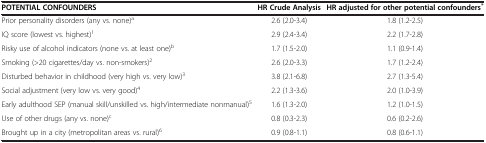
<table><thead><tr><td><b>POTENTIAL CONFOUNDERS</b></td><td><b>HR Crude Analysis</b></td><td><b>HR adjusted for other potential confounders<sup>*</sup></b></td></tr></thead><tbody><tr><td>Prior personality disorders (any vs. none)<sup>a</sup></td><td>2.6 (2.0-3.4)</td><td>1.8 (1.2-2.5)</td></tr><tr><td>IQ score (lowest vs. highest)<sup>1</sup></td><td>2.9 (2.4-3.4)</td><td>2.2 (1.7-2.8)</td></tr><tr><td>Risky use of alcohol indicators (none vs. at least one)<sup>b</sup></td><td>1.7 (1.5-2.0)</td><td>1.1 (0.9-1.4)</td></tr><tr><td>Smoking (&gt;20 cigarettes/day vs. non-smokers)<sup>2</sup></td><td>2.6 (2.0-3.3)</td><td>1.7 (1.2-2.4)</td></tr><tr><td>Disturbed behavior in childhood (very high vs. very low)<sup>3</sup></td><td>3.8 (2.1-6.8)</td><td>2.7 (1.3-5.4)</td></tr><tr><td>Social adjustment (very low vs. very good)<sup>4</sup></td><td>2.2 (1.3-3.6)</td><td>2.0 (1.0-3.9)</td></tr><tr><td>Early adulthood SEP (manual skill/unskilled vs. high/intermediate nonmanual)<sup>5</sup></td><td>1.6 (1.3-2.0)</td><td>1.2 (1.0-1.5)</td></tr><tr><td>Use of other drugs (any vs. none)<sup>c</sup></td><td>0.8 (0.3-2.3)</td><td>0.6 (0.2-2.6)</td></tr><tr><td>Brought up in a city (metropolitan areas vs. rural)<sup>6</sup></td><td>0.9 (0.8-1.1)</td><td>0.8 (0.6-1.1)</td></tr></tbody></table>